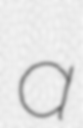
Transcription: a